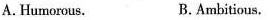
A. Humorous. B.Ambitious.